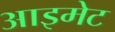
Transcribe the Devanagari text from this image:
आइमेट